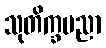
သုတိက္ခပညာ